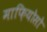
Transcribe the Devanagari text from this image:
माफ़ियोसो